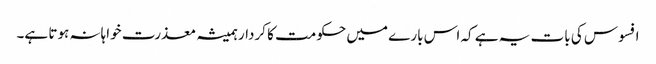
افسوس کی بات یہ ہے کہ اس بارے میں حکومت کا کردار ہمیشہ معذرت خواہانہ ہوتا ہے۔